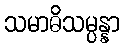
သမာဓိသမ္ပန္နာ